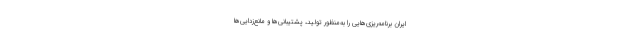
ایران برنامه‌ریزی‌هایی را به‌منظور تولید، پشتیبانی‌ها و مانع‌زدایی‌ها